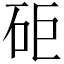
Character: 𥑭